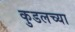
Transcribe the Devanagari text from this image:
कुडलच्या